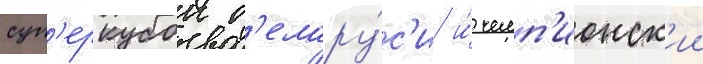
суп'еркубок б'елару́с'и и́ чемп'ионск'ии